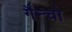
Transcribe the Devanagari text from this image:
गैन्चो